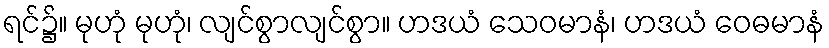
ရင်၌။ မုဟုံ မုဟုံ၊ လျင်စွာလျင်စွာ။ ဟဒယံ သေဝမာနံ၊ ဟဒယံ ဝေဓမာနံ